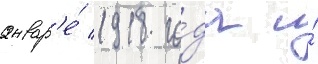
январ'е́ 1918 го́да и́